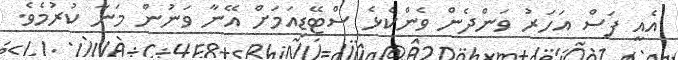
އެއީ ފަސް އަހަރު ވަންދެން ވެންކެޅެ ސްޓޭޑިއަމަށް އޭނާ ވަނުން މަނާ ކުރުމެވެ.